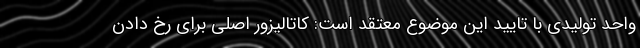
واحد تولیدی با تایید این موضوع معتقد است: کاتالیزور اصلی برای رخ دادن